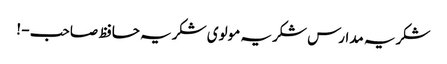
شکریہ مدارس شکریہ مولوی شکریہ حافظ صاحب - !